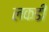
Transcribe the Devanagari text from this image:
लकडीं